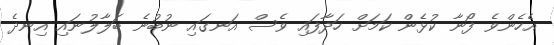
އެހެންވެ ފޯނާ ކުޅެން ކަމަށް ހަދާފައި ވެސް އަނގައި ނުބުނެ ބަލާލުނައި އިނދެ